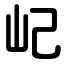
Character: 屺